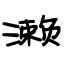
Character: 濑